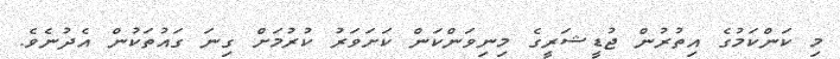
މި ކަންކަމުގެ އިތުރުން ޖުޑީޝަރީގެ މިނިވަންކަން ކަށަވަރު ކުރުމަށް ގިނަ ގައުުތަކުން އެދުނެވެ.